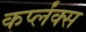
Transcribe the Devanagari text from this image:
कर्प्लंक्स